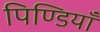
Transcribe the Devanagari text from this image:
पिण्डियाँ